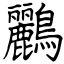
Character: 鸝